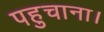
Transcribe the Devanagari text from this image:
पहुचाना।